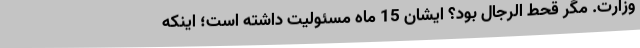
وزارت. مگر قحط ‌الرجال بود؟ ایشان 15 ماه مسئولیت داشته است؛ اینکه